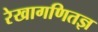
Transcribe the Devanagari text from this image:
रेखागणितज्ञ